Note on the mental hospitals in Burma - 1925-1940
Year: 1925
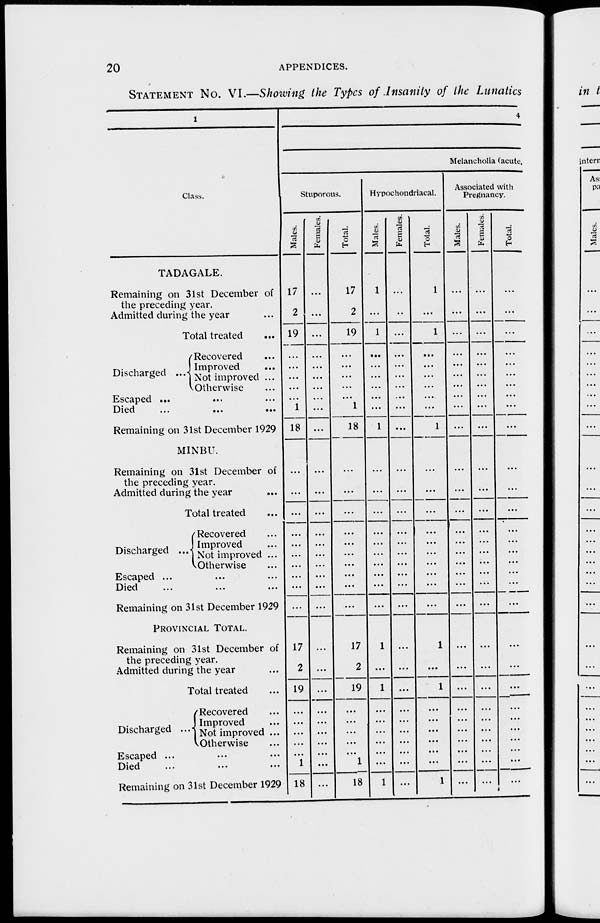
20
APPENDICES.
STATEMENT No. VI.—Showing the Types of Insanity of the Lunatics
1
Class.
TADAGALE.
Remaining on 31st December of
the preceding year.
Admitted during the year ...
Total treated
...
Discharged ...
Recovered ...
Improved ...
Not improved ...
Otherwise ...
Escaped ... ... ...
Died
...
...
...
Remaining on 31st December 1929
MINBU.
Remaining on 31st December of
the preceding year.
Admitted during the year ...
Total treated ...
Discharged
...
Recovered ...
Improved ...
Not improved ...
Otherwise ...
Escaped ... ... ...
Died ... ... ...
Remaining on 31st December 1929
PROVINCIAL TOTAL.
Remaining on 31st December of
the preceding year.
Admitted during the year ...
Total treated ...
Discharged ...
Recovered ...
Improved ...
Not improved ...
Otherwise ...
Escaped ... ... ...
Died ... ... ...
Remaining on 31st December 1929
Melancholia (acute,
Stuporous.
Males.
17
2
19
...
...
...
...
...
1
18
...
...
...
...
...
...
...
...
...
...
17
2
19
...
...
...
...
...
1
18
Females.
...
...
...
...
...
...
...
...
...
...
...
...
...
...
...
...
...
...
...
...
...
...
...
...
...
...
...
...
...
...
Total.
17
2
19
...
...
...
...
...
1
18
...
...
...
...
...
...
...
...
...
...
17
2
19
...
...
...
...
...
1
18
Hypochondriacal.
Males.
1
...
1
...
...
...
...
...
...
1
...
...
...
...
...
...
...
...
...
...
1
...
1
...
...
...
...
...
...
1
Females.
...
...
...
...
...
...
...
...
...
...
...
...
...
...
...
...
...
...
...
...
...
...
...
...
...
...
...
...
...
...
Total.
1
...
1
...
...
...
...
...
...
1
...
...
...
...
...
...
...
...
...
...
1
...
1
...
...
...
...
...
...
1
Associated with
Pregnancy.
Males.
...
...
...
...
...
...
...
...
...
...
...
...
...
...
...
...
...
...
...
...
...
...
...
...
...
...
...
...
...
...
Females.
...
...
...
...
...
...
...
...
...
...
...
...
...
...
...
...
...
...
...
...
...
...
...
...
...
...
...
...
...
...
Total.
...
...
...
...
...
...
...
...
...
...
...
...
...
...
...
...
...
...
...
...
...
...
...
...
...
...
...
...
...
...